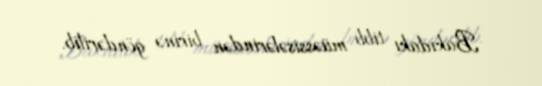
Bakıdakı tibb müəssisələrindən birinə göndərilib.